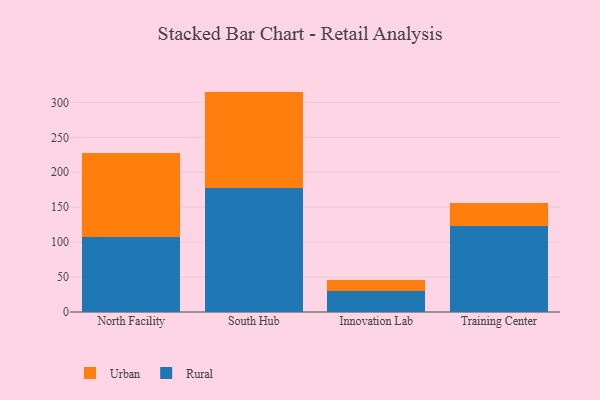
{"axis": {"x": "Campus", "y": "Waste Production (Tons)"}, "legend": ["Rural", "Urban"], "data": [{"x": "North Facility", "y": 108.0, "type": "Rural"}, {"x": "North Facility", "y": 119.5, "type": "Urban"}, {"x": "South Hub", "y": 177.0, "type": "Rural"}, {"x": "South Hub", "y": 138.4, "type": "Urban"}, {"x": "Innovation Lab", "y": 30.6, "type": "Rural"}, {"x": "Innovation Lab", "y": 14.9, "type": "Urban"}, {"x": "Training Center", "y": 122.5, "type": "Rural"}, {"x": "Training Center", "y": 34.2, "type": "Urban"}]}